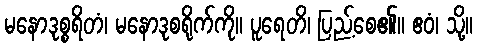
မနောဒုစ္စရိတံ၊ မနောဒုစရိုက်ကို။ ပူရေတိ၊ ပြည့်စေ၏။ ဧဝံ၊ သို့။